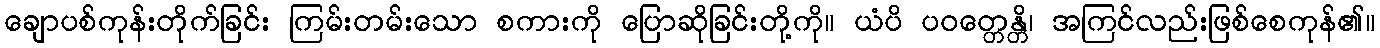
ချောပစ်ကုန်းတိုက်ခြင်း ကြမ်းတမ်းသော စကားကို ပြောဆိုခြင်းတို့ကို။ ယံပိ ပဝတ္တေန္တိ၊ အကြင်လည်းဖြစ်စေကုန်၏။